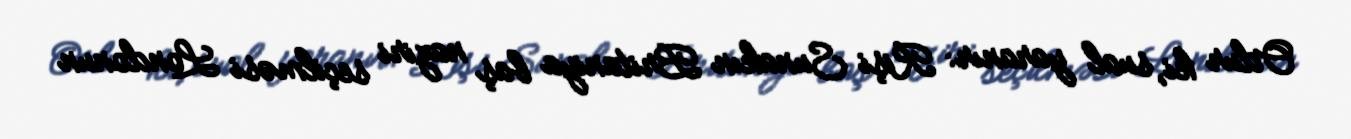
Odur ki, sual yaranır: Rişi Sunakın Britaniya baş naziri seçilməsi Londonun